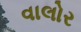
વાલોર